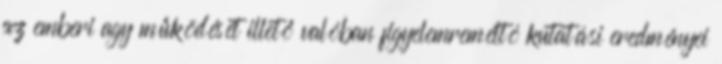
az emberi agy működését illető valóban figyelemreméltó kutatási eredményei